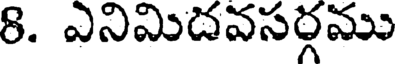
8. ఎనిమిదవసర్గము